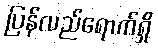
ပြန်လည်ရောက်ရှိ